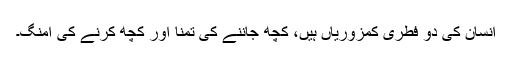
انسان کی دو فطری کمزوریاں ہیں، کچھ جاننے کی تمنا اور کچھ کرنے کی امنگ۔